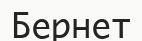
Бернет